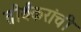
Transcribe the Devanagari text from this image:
तीर्थंकरांची